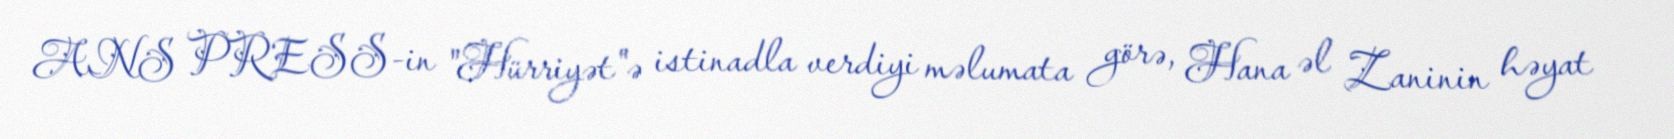
ANS PRESS-in "Hürriyət"ə istinadla verdiyi məlumata görə, Hana əl Zaninin həyat